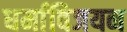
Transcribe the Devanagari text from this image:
धर्माविजयन